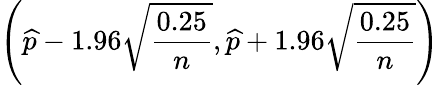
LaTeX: \left({\widehat{p}}-1.96{\sqrt{\frac{0.25}{n}}},{\widehat{p}}+1.96{\sqrt{\frac{0.25}{n}}}\right)